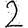
Digit: 2